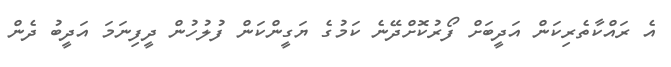
އެ ރައްކާތެރިކަން އަދީބަށް ފޯރުކޮށްދޭނެ ކަމުގެ ޔަގީންކަން ފުލުހުން ދީފިނަމަ އަދީބު ދެން